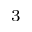
_ 3